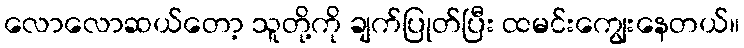
လောလောဆယ်တော့ သူတို့ကို ချက်ပြုတ်ပြီး ထမင်းကျွေးနေတယ်။